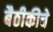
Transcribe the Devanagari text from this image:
बैठीकीचे